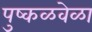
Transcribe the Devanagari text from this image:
पुष्कळवेळा